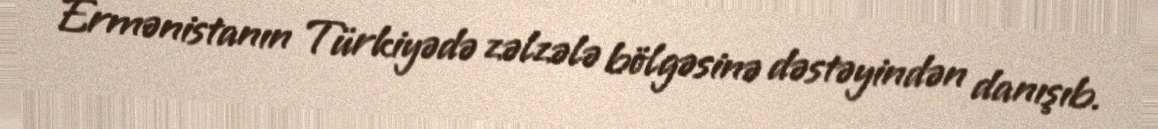
Ermənistanın Türkiyədə zəlzələ bölgəsinə dəstəyindən danışıb.